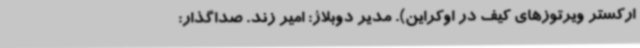
ارکستر ویرتوزهای کیف در اوکراین). مدیر دوبلاژ: امیر زند. صداگذار: